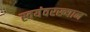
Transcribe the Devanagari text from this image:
स्वयंवरख्यान